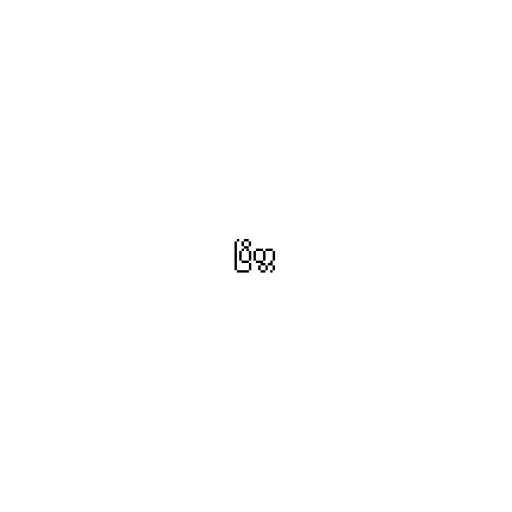
ပြိတ္တ